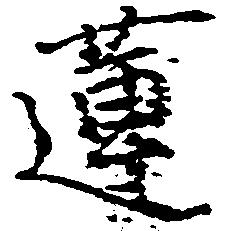
蓮